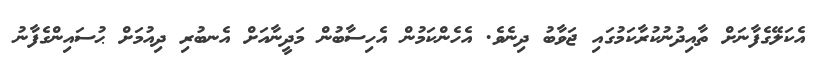
އެކަލޭގެފާނަށް ތާއިދުނުކުރާކަމުގައި ޖަވާބު ދިނެވެ. އެހެންކަމުން އެހިސާބުން މަދީނާއަށް އެނބުރި ދިއުމަށް ޙުސައިންގެފާނު